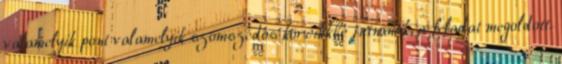
valamelyik pont valamelyik szomszédos körcikkbe jutnának, a feladat megoldott.